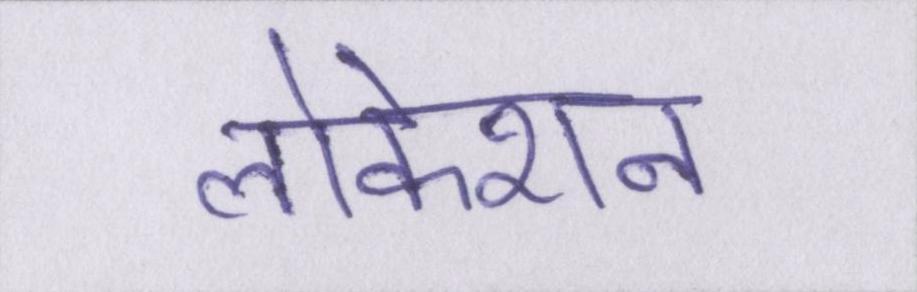
लोकेशन